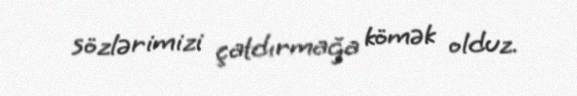
sözlərimizi çatdırmağa kömək olduz.